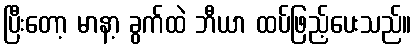
ပြီးတော့ မာနာ့ ခွက်ထဲ ဘီယာ ထပ်ဖြည့်ပေးသည်။